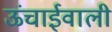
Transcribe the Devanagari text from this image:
ऊंचाईवाली